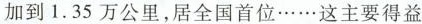
加到1.35万公里，居全国首位……这主要得益